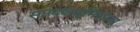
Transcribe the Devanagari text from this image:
सप्तदशभूमिशास्त्र